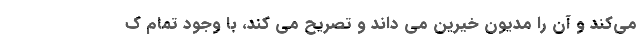
می‌کند و آن را مدیون خیرین می داند و تصریح می کند، با وجود تمام ک